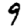
Digit: 9